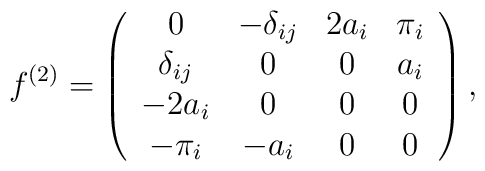
f^{(2)}=\left(\begin{array}{cccc}0           & -\delta_{ij}  &  2a_i   &   \pi_i \\\delta_{ij} &         0     &   0    &    a_i \\-2a_i         &         0     &   0    &     0   \\-\pi_i       &        -a_i    &   0    &     0  \end{array}\right),